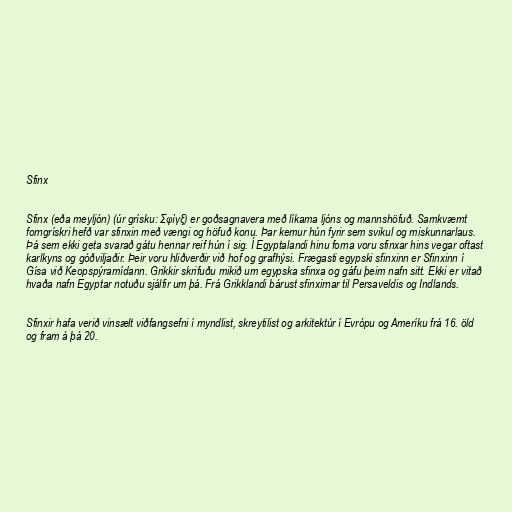
Sfinx

Sfinx (eða meyljón) (úr grísku: Σφίγξ) er goðsagnavera með líkama ljóns og mannshöfuð. Samkvæmt
forngrískri hefð var sfinxin með vængi og höfuð konu. Þar kemur hún fyrir sem svikul og miskunnarlaus.
Þá sem ekki geta svarað gátu hennar reif hún í sig. Í Egyptalandi hinu forna voru sfinxar hins vegar oftast
karlkyns og góðviljaðir. Þeir voru hliðverðir við hof og grafhýsi. Frægasti egypski sfinxinn er Sfinxinn í
Gísa við Keopspýramídann. Grikkir skrifuðu mikið um egypska sfinxa og gáfu þeim nafn sitt. Ekki er vitað
hvaða nafn Egyptar notuðu sjálfir um þá. Frá Grikklandi bárust sfinxirnar til Persaveldis og Indlands.

Sfinxir hafa verið vinsælt viðfangsefni í myndlist, skreytilist og arkitektúr í Evrópu og Ameríku frá 16. öld
og fram á þá 20.